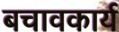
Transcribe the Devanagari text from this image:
बचावकार्य